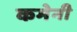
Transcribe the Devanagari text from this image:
कमेनी